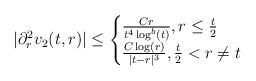
LaTeX: \begin{align*} |\partial_{r}^{2} v_{2}(t,r)| \leq \begin{cases} \frac{C r}{t^{4} \log^{b}(t)}, r \leq \frac{t}{2}\\\frac{C \log(r)}{|t-r|^{3}}, \frac{t}{2} < r \neq t\\\end{cases}\end{align*}